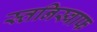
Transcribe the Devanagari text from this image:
स्तनिस्वाफ